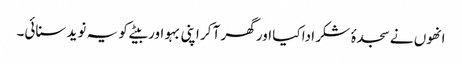
انھوں نے سجدۂ شکر ادا کیا اور گھر آ کر اپنی بہو اور بیٹے کو یہ نوید سنائی۔